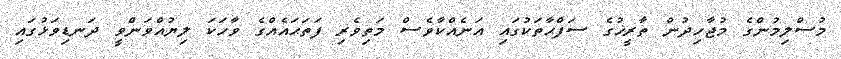
މުސްލިމުންގެ މުޖާހިދުން ތާރީޚުގެ ސަފްޙާތަކުގައި އަނެއްކާވެސް މަތިވެރި ފަތަޙައެއްގެ ވާހަކަ ލިޔުއްވަންވީ ދަނޑިވަޅުގައި